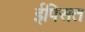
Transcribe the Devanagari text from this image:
ईपिसत